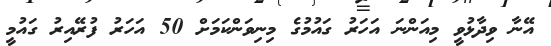
އޭނާ ވިދާޅުވީ މިއަންނަ އަހަރު ގައުމުގެ މިނިވަންކަމަށް 50 އަހަރު ފުރޭއިރު ގައުމީ